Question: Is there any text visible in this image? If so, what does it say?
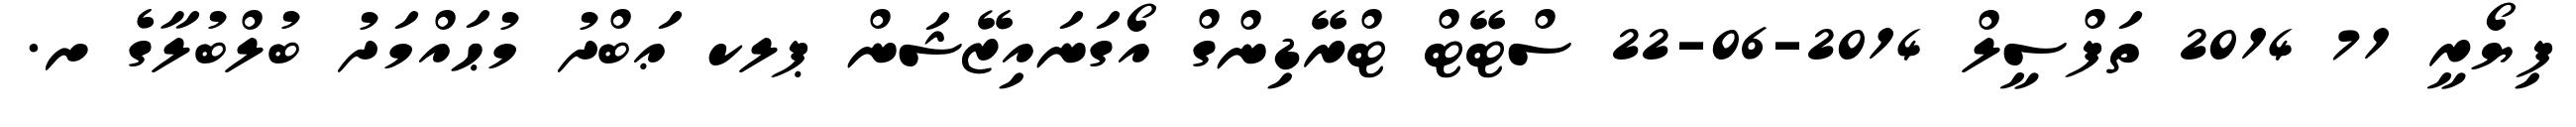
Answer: ފިޔޯރީ 71 2014 ތަފްސީލް 2014-06-22 ސްޓޭޓް ޓްރޭޑިންގް އޯގަނައިޒޭޝަން ޕލކ ޢަބްދު މުޙައްމަދު ބުލްބުލާގެ ށ.